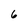
Character: 6